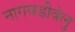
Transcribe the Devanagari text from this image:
नागवडीवेलु